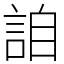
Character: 詯